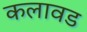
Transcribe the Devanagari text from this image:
कलावड